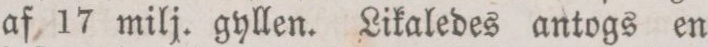
af 17 milj. gyllen. Likaledes antogs en